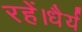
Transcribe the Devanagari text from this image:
रहें।धैर्य